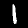
Label: 1